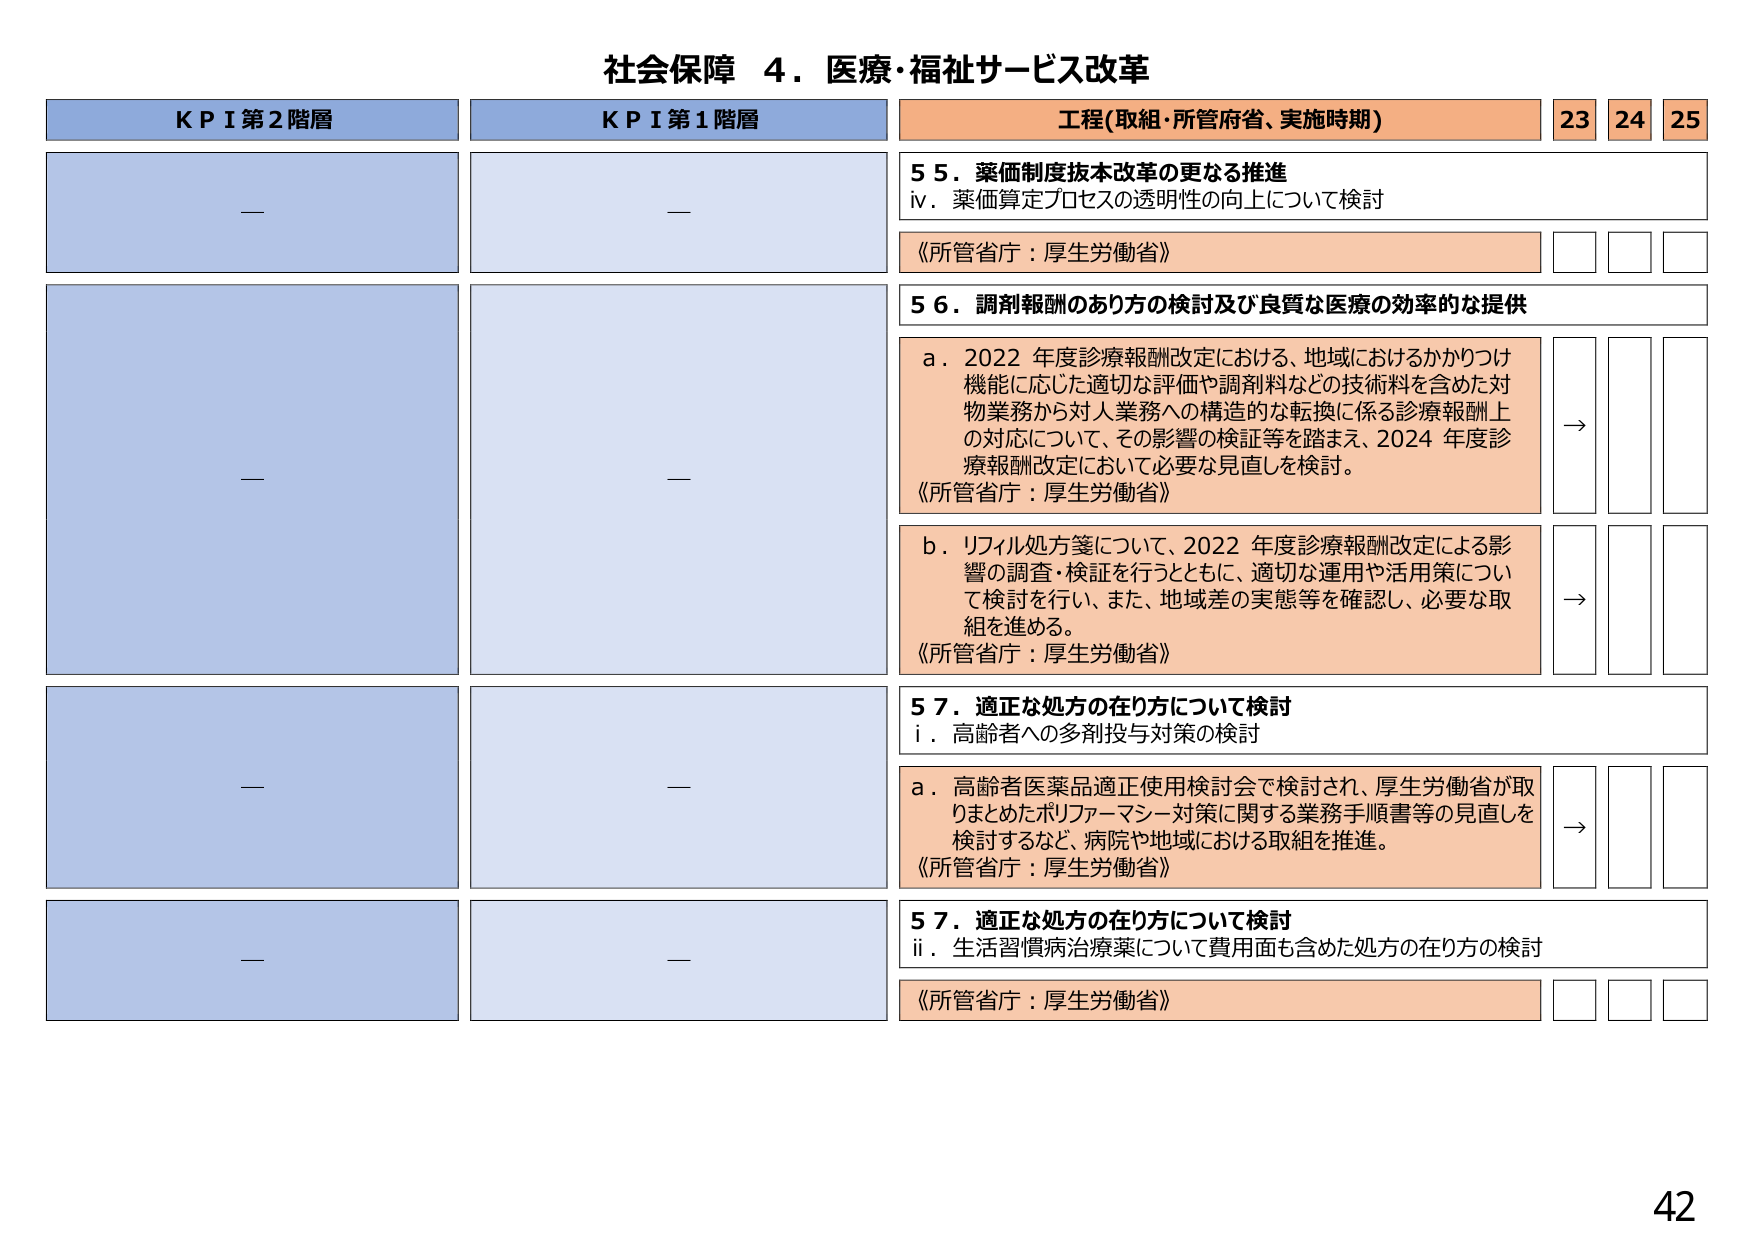
社会保障 ４．医療・福祉サービス改革

KPI第2階層
—

KPI第1階層
—

工程(取組・所管府省、実施時期)
23 24 25

55．薬価制度抜本改革の更なる推進
ⅳ．薬価算定プロセスの透明性の向上について検討
《所管省庁：厚生労働省》

56．調剤報酬のあり方の検討及び良質な医療の効率的な提供
a．2022年度診療報酬改定における、地域におけるかかりつけ機能に応じた適切な評価や調剤料などの技術料を含めた対物業務から対人業務への構造的な転換に係る診療報酬上の対応について、その影響の検証等を踏まえ、2024年度診療報酬改定において必要な見直しを検討。
《所管省庁：厚生労働省》
→

b．リフィル処方箋について、2022年度診療報酬改定による影響の調査・検証を行うとともに、適切な運用や活用策について検討を行い、また、地域差の実態等を確認し、必要な取組を進める。
《所管省庁：厚生労働省》
→

57．適正な処方の在り方について検討
ⅰ．高齢者への多剤投与対策の検討
a．高齢者医薬品適正使用検討会で検討され、厚生労働省が取りまとめたポリファーマシー対策に関する業務手順書等の見直しを検討するなど、病院や地域における取組を推進。
《所管省庁：厚生労働省》
→

57．適正な処方の在り方について検討
ⅱ．生活習慣病治療薬について費用面も含めた処方の在り方の検討
《所管省庁：厚生労働省》

42